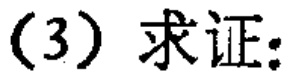
(3) 求证: